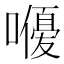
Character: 𭋨